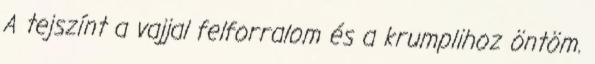
A tejszínt a vajjal felforralom és a krumplihoz öntöm.